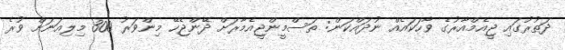
ދަތުރުގައި ޖީއެމްއާރުގެ ވާހަކައެއް ނުދައްކަން: ތަސްމީންޖީއެމާރަށް ދޭންޖެހޭ މިންވަރު 300 މިލިއަނަށް ވުރެ